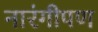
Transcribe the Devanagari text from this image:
नारंगीपण